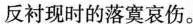
反衬现时的落寞哀伤。